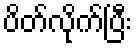
ပိတ်လိုက်ပြီး